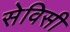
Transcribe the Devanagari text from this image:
सेविसी